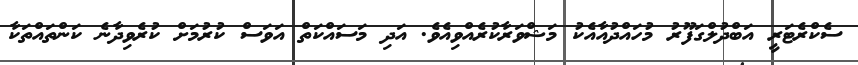
ސެކްރެޓަރީ އަބްދުލްގަފޫރު މުހައްދުއާއެކު މަޝްވަރާކުރެއްވިއެވެ. އަދި މަސައްކަތް އަވަސް ކުރުމަށް ކުރެވިދާނެ ކަންތައްތަކާ